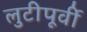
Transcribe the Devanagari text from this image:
लुटीपूर्वी